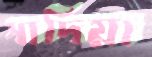
সাদিয়া